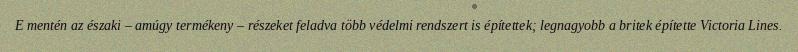
E mentén az északi – amúgy termékeny – részeket feladva több védelmi rendszert is építettek; legnagyobb a britek építette Victoria Lines.